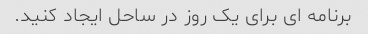
برنامه ای برای یک روز در ساحل ایجاد کنید.